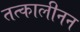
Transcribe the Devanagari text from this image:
तत्कालीनन